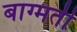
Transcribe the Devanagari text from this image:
बाग्मती